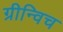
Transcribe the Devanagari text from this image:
ग्रीन्विच